Report of the Municipal Commissioner on the plague in Bombay for the year ending 31st May... - Volume 1
Disease focus: Plague
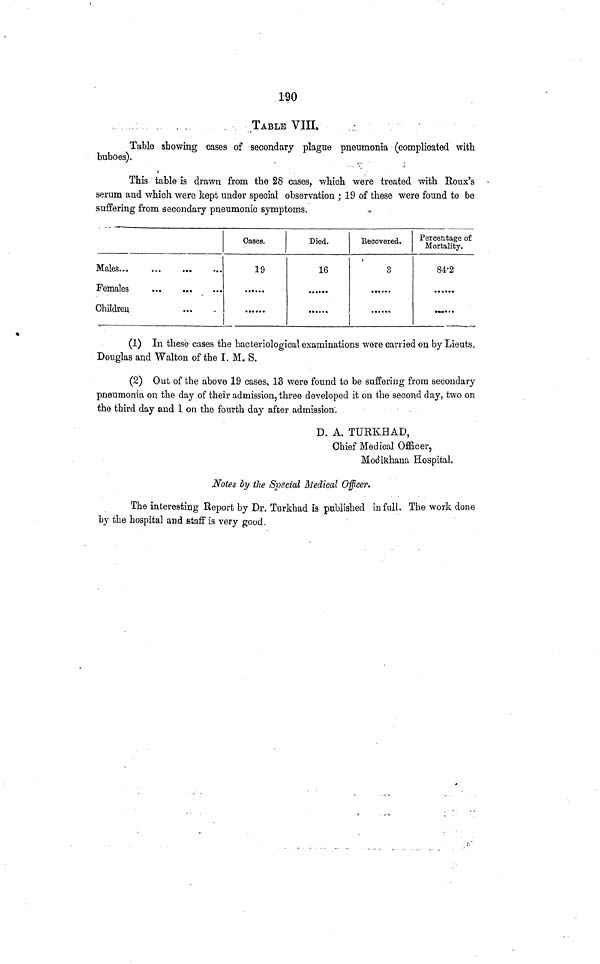
190
TABLE VIII.
Table showing cases of secondary plague pneumonia (complicated with
buboes).
This table is drawn from the 28 cases, which were treated with Roux's
serum and which were kept under special observation ; 19 of these were found to be
suffering from secondary pneumonic symptoms.
Males
Females
Children
Oases.
19
Died.
16
•••••
Recovered.
3
Percentage of
Mortality.
84'2
(1) In these cases the bacteriological examinations were carried on by Lieuts.
Douglas and Walton of the I. M. S.
(2) Out of the above 19 cases, 13 were found to be suffering from secondary
pneumonia on the day of their admission, three developed it on the second day, two on
the third day and 1 on the fourth day after admission.
D. A. TURKHAD,
Chief Medical Officer,
Modikhana Hospital.
Notes by the Special Medical Officer.
The interesting Report by Dr. Turkhad is published in fall. The work done
by the hospital and staff is very good.